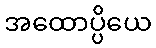
အထောပ္ပိယေ